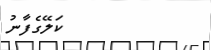
ކަލޭގެފާނު